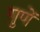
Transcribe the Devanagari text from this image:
गुणें